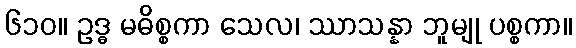
၆၁၀။ ဥဒ္ဓ မဓိစ္စကာ သေလ၊ ဿာသန္နာ ဘူမျု ပစ္စကာ။